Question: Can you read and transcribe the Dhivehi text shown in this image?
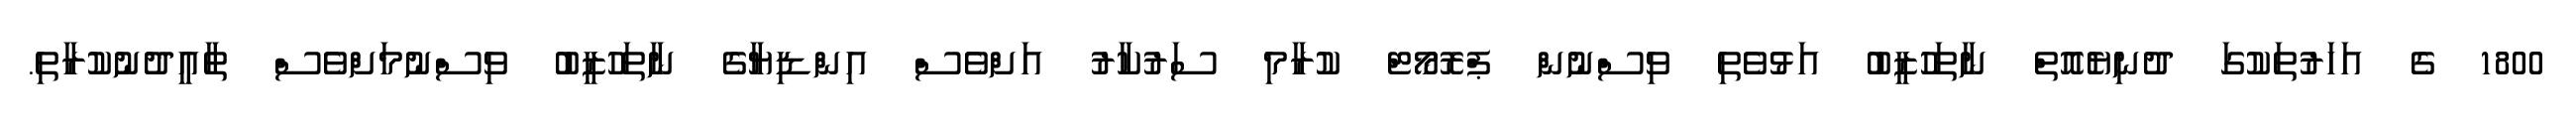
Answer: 1800 ގެ އަހަރުތަކުގަ ދުނިޔެއޮތް ނާތަހުޒީބު އަޅުވެތި ވިސްނުން ޕްރޮމޯޓް ކުރާމި ސަރުކާރު އަށްވެސް އިންޑިޔާގެ ނާތަހުޒީބު ވިސްނުމަށްވެސް ތާއީދުނުކުރާތި.